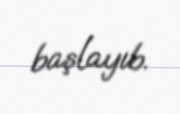
başlayıb.